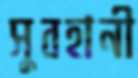
সুবহানী